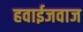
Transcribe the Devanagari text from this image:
हवाईजवाज